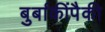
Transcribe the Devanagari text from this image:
बुर्बाकींपैकी